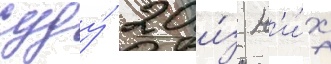
суду́ 20 и́з н'и́х